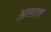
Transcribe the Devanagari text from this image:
अताल